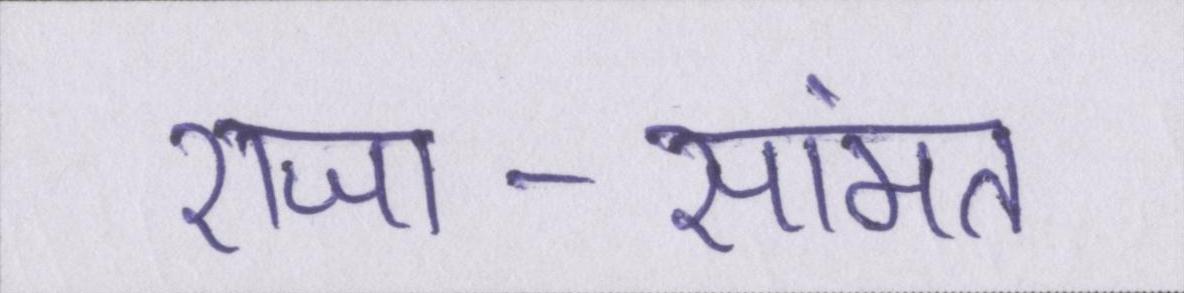
राजा-सामंत